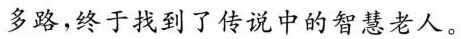
多路，终于找到了传说中的智慧老人。